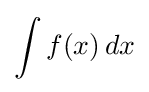
\displaystyle \int f(x)\,dx